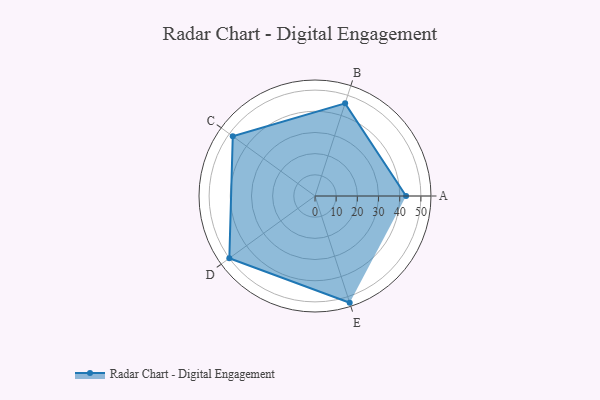
{"axis": {"x": "Skill", "y": "Score"}, "legend": ["Profile"], "data": [{"x": "A", "y": 43.0, "type": "Profile"}, {"x": "B", "y": 46.0, "type": "Profile"}, {"x": "C", "y": 48.0, "type": "Profile"}, {"x": "D", "y": 50.0, "type": "Profile"}, {"x": "E", "y": 53.0, "type": "Profile"}]}